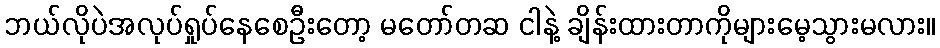
ဘယ်လိုပဲအလုပ်ရှုပ်နေစေဦးတော့ မတော်တဆ ငါနဲ့ ချိန်းထားတာကိုများမေ့သွားမလား။